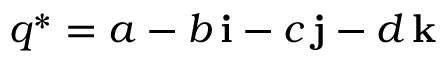
q ^ { * } = a - b \, \mathbf { i } - c \, \mathbf { j } - d \, \mathbf { k }